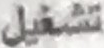
تشغيل